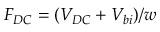
F _ { D C } = ( V _ { D C } + V _ { b i } ) / w